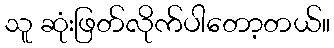
သူ ဆုံးဖြတ်လိုက်ပါတော့တယ်။